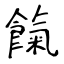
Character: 餼